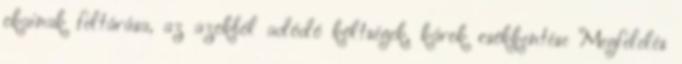
okainak feltárása, az azokból adódó költségek, károk csökkentése Megfelelés